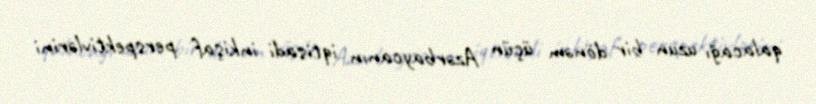
qalacağı uzun bir dönəm üçün Azərbaycanın iqtisadi inkişaf perspektivlərini